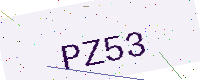
Text: PZ53